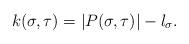
LaTeX: \begin{align*}k(\sigma,\tau)=|P(\sigma,\tau)|-l_{\sigma}.\end{align*}